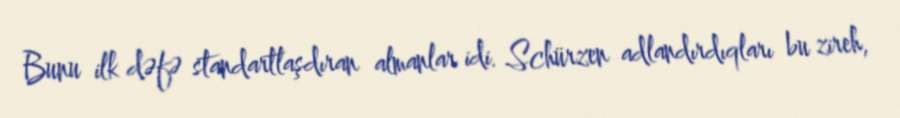
Bunu ilk dəfə standartlaşdıran almanlar idi. Schürzen adlandırdıqları bu zireh,